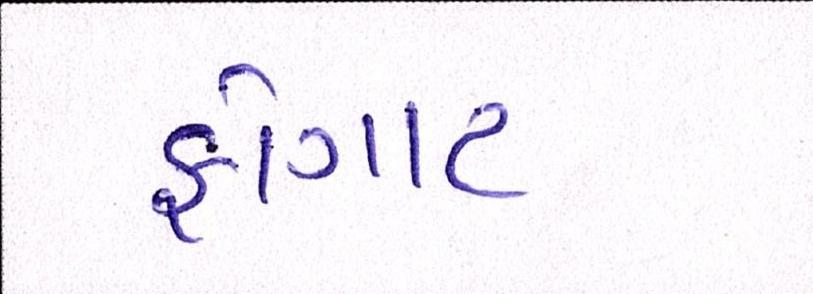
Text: ફોગાટ